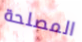
المصلحة